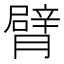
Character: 臂